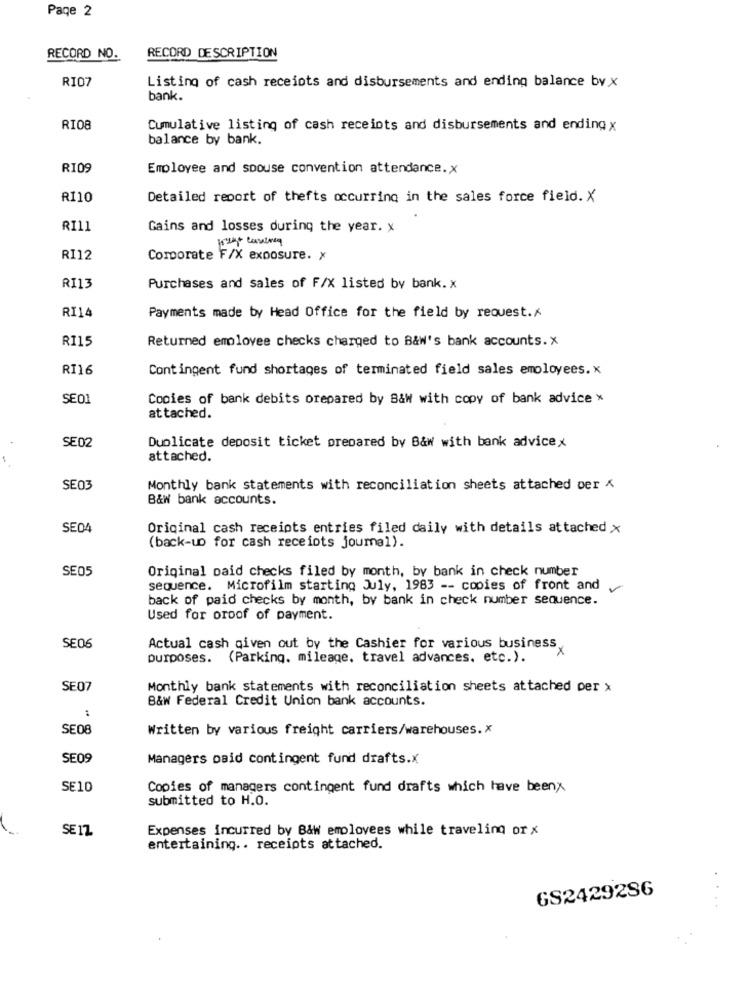
Page 2
RECORD NO.
RECORD DESCRIPTION
RI07
Listing of cash receiots and disbursements and ending balance by x
bank.
RI08
Cumulative listing of cash receipts and disbursements and ending x
balance by bank.
RI09
Employee and spouse convention attendance.x
RI10
Detailed report of thefts occurring in the sales force field. X
RI11
Gains and losses during the year. x
RI12
Corporate F/X exposure. x
RI13
Purchases and sales of F/X listed by bank. x
RI14
Payments made by Head Office for the field by request./
RI15
Returned employee checks charged to B&W's bank accounts. x
RI16
Contingent fund shortages of terminated field sales employees. x
SE01
Copies of bank debits prepared by B&W with copy of bank advice *
attached.
SE02
Duplicate deposit ticket prepared by B&w with bank advice x
attached.
SE03
Monthly bank statements with reconciliation sheets attached per
B&W bank accounts.
SE04
Original cash receipts entries filed daily with details attached x
(back-up for cash receipts journal).
SE05
Original paid checks filed by month, by bank in check number
sequence. Microfilm starting July, 1983 -- copies of front and
back of paid checks by month, by bank in check number sequence.
Used for oroof of payment.
SE06
Actual cash given out by the Cashier for various business.
purposes. (Parking, mileage. travel advances. etc.).
SE07
Monthly bank statements with reconciliation sheets attached per x
B&W Federal Credit Union bank accounts.
SE08
Written by various freight carriers/warehouses. x
SE09
Managers paid contingent fund drafts.x
SE10
Copies of managers contingent fund drafts which have beenx
submitted to H.O.
SE IZ
Expenses incurred by B&w emolovees while traveling or x
entertaining .. receipts attached.
GS2429286
....